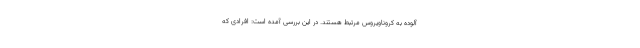
آلوده به کروناویروس مرتبط هستند. در این بررسی آمده است: افرادی که